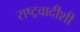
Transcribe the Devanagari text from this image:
राष्ट्रवादीशी